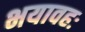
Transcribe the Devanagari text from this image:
भयावहः